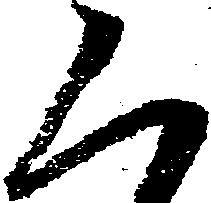
二